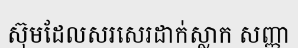
ស៊ុមដែលសរសេរដាក់ស្លាក សញ្ញា